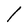
Character: l